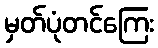
မှတ်ပုံတင်ကြေး